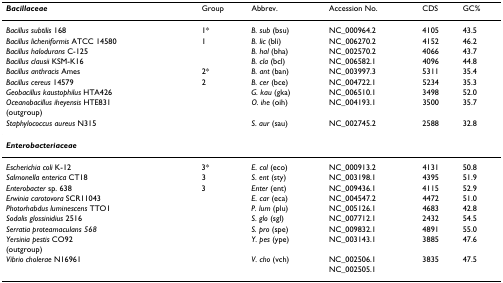
| Bacillaceae | Group | Abbrev. | Accession No. | CDS | GC% |
 | --- | --- | --- | --- | --- | --- |
 | Bacillus subtilis 168 | 1* | B. sub (bsu) | NC_000964.2 | 4105 | 43.5 |
 | Bacillus licheniformis ATCC 14580 | 1 | B. lic (bli) | NC_006270.2 | 4152 | 46.2 |
 | Bacillus halodurans C-125 |  | B. hal (bha) | NC_002570.2 | 4066 | 43.7 |
 | Bacillus clausii KSM-K16 |  | B. cla (bcl) | NC_006582.1 | 4096 | 44.8 |
 | Bacillus anthracis Ames | 2* | B. ant (ban) | NC_003997.3 | 5311 | 35.4 |
 | Bacillus cereus 14579 | 2 | B. cer (bce) | NC_004722.1 | 5234 | 35.3 |
 | Geobacillus kaustophilus HTA426 |  | G. kau (gka) | NC_006510.1 | 3498 | 52.0 |
 | Oceanobacillus iheyensis HTE831 |  | O. ihe (oih) | NC_004193.1 | 3500 | 35.7 |
 | (outgroup) |
 | Staphylococcus aureus N315 |  | S. aur (sau) | NC_002745.2 | 2588 | 32.8 |
 | Enterobacteriaceae |  |  |  |  |  |
 | Escherichia coli K-12 | 3* | E. col (eco) | NC_000913.2 | 4131 | 50.8 |
 | Salmonella enterica CT18 | 3 | S. ent (sty) | NC_003198.1 | 4395 | 51.9 |
 | Enterobacter sp. 638 | 3 | Enter (ent) | NC_009436.1 | 4115 | 52.9 |
 | Erwinia carotovora SCR11043 |  | E. car (eca) | NC_004547.2 | 4472 | 51.0 |
 | Photorhabdus luminescens TTO1 |  | P. lum (plu) | NC_005126.1 | 4683 | 42.8 |
 | Sodalis glossinidius 2516 |  | S. glo (sgl) | NC_007712.1 | 2432 | 54.5 |
 | Serratia proteamaculans 568 |  | S. pro (spe) | NC_009832.1 | 4891 | 55.0 |
 | Yersinia pestis CO92 |  | Y. pes (ype) | NC_003143.1 | 3885 | 47.6 |
 | (outgroup) |
 | Vibrio cholerae N16961 |  | V. cho (vch) | NC_002506.1NC_002505.1 | 3835 | 47.5 |